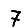
Digit: 7